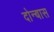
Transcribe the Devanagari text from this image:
दोन्बास